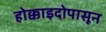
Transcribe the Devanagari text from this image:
होक्काइदोपासून